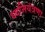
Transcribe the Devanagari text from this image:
ध्वनियंत्रणा